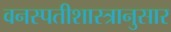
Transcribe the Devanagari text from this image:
वनस्पतीशास्त्रानुसार